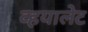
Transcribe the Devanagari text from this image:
व्हयालेट